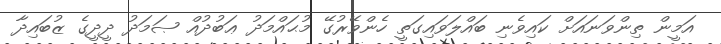
އަމީން ތިންވަނައަށް ކައިވެނި ބައްލަވައިގަތީ ހެންވޭރުގޭ މުޙައްމަދު ޢަބުދުއް ޞަމަދު ދީދީގެ ޒުބައިދާ